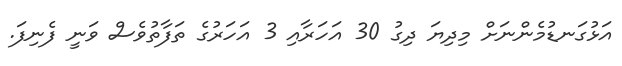
އަޅުގަނޑުމެންނަށް މިދިޔަ ދިގު 30 އަހަރާއި 3 އަހަރުގެ ތަފާތުވެސް ވަނީ ފެނިފަ.